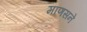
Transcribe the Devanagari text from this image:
माणसने